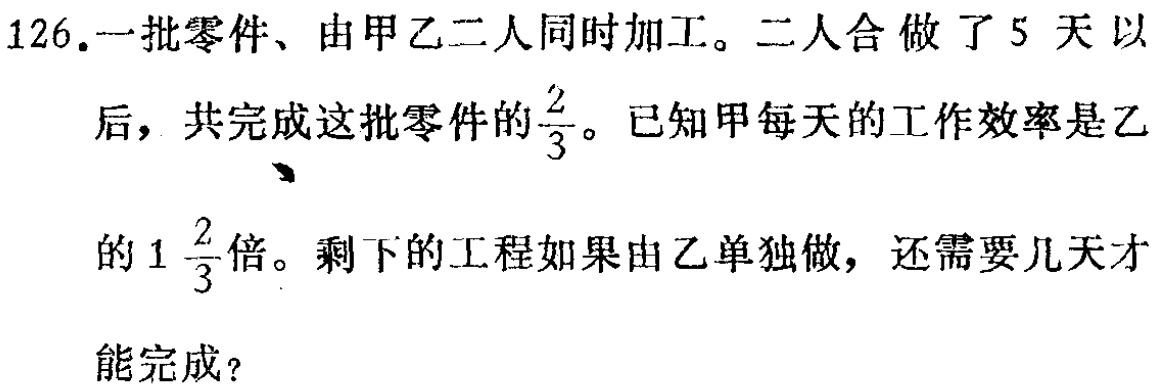
126.一批零件、由甲乙二人同时加工。二人合做了5天以后，共完成这批零件的$\frac{2}{3}$。已知甲每天的工作效率是乙的$1\frac{2}{3}$倍。剩下的工程如果由乙单独做，还需要几天才能完成？